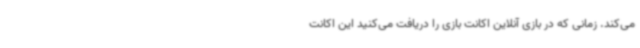
می‌کند. زمانی که در بازی آنلاین اکانت بازی را دریافت می‌کنید این اکانت